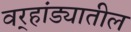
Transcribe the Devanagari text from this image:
वर्‍हांड्यातील